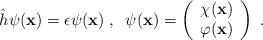
LaTeX: \begin{align*}\hat{h}\psi ({\bf x})=\epsilon \psi ({\bf x})\;,\;\;\psi ({\bf x})=\left( \begin{array}{c}\chi ({\bf x}) \\ \varphi ({\bf x})\end{array}\right) \;. \end{align*}